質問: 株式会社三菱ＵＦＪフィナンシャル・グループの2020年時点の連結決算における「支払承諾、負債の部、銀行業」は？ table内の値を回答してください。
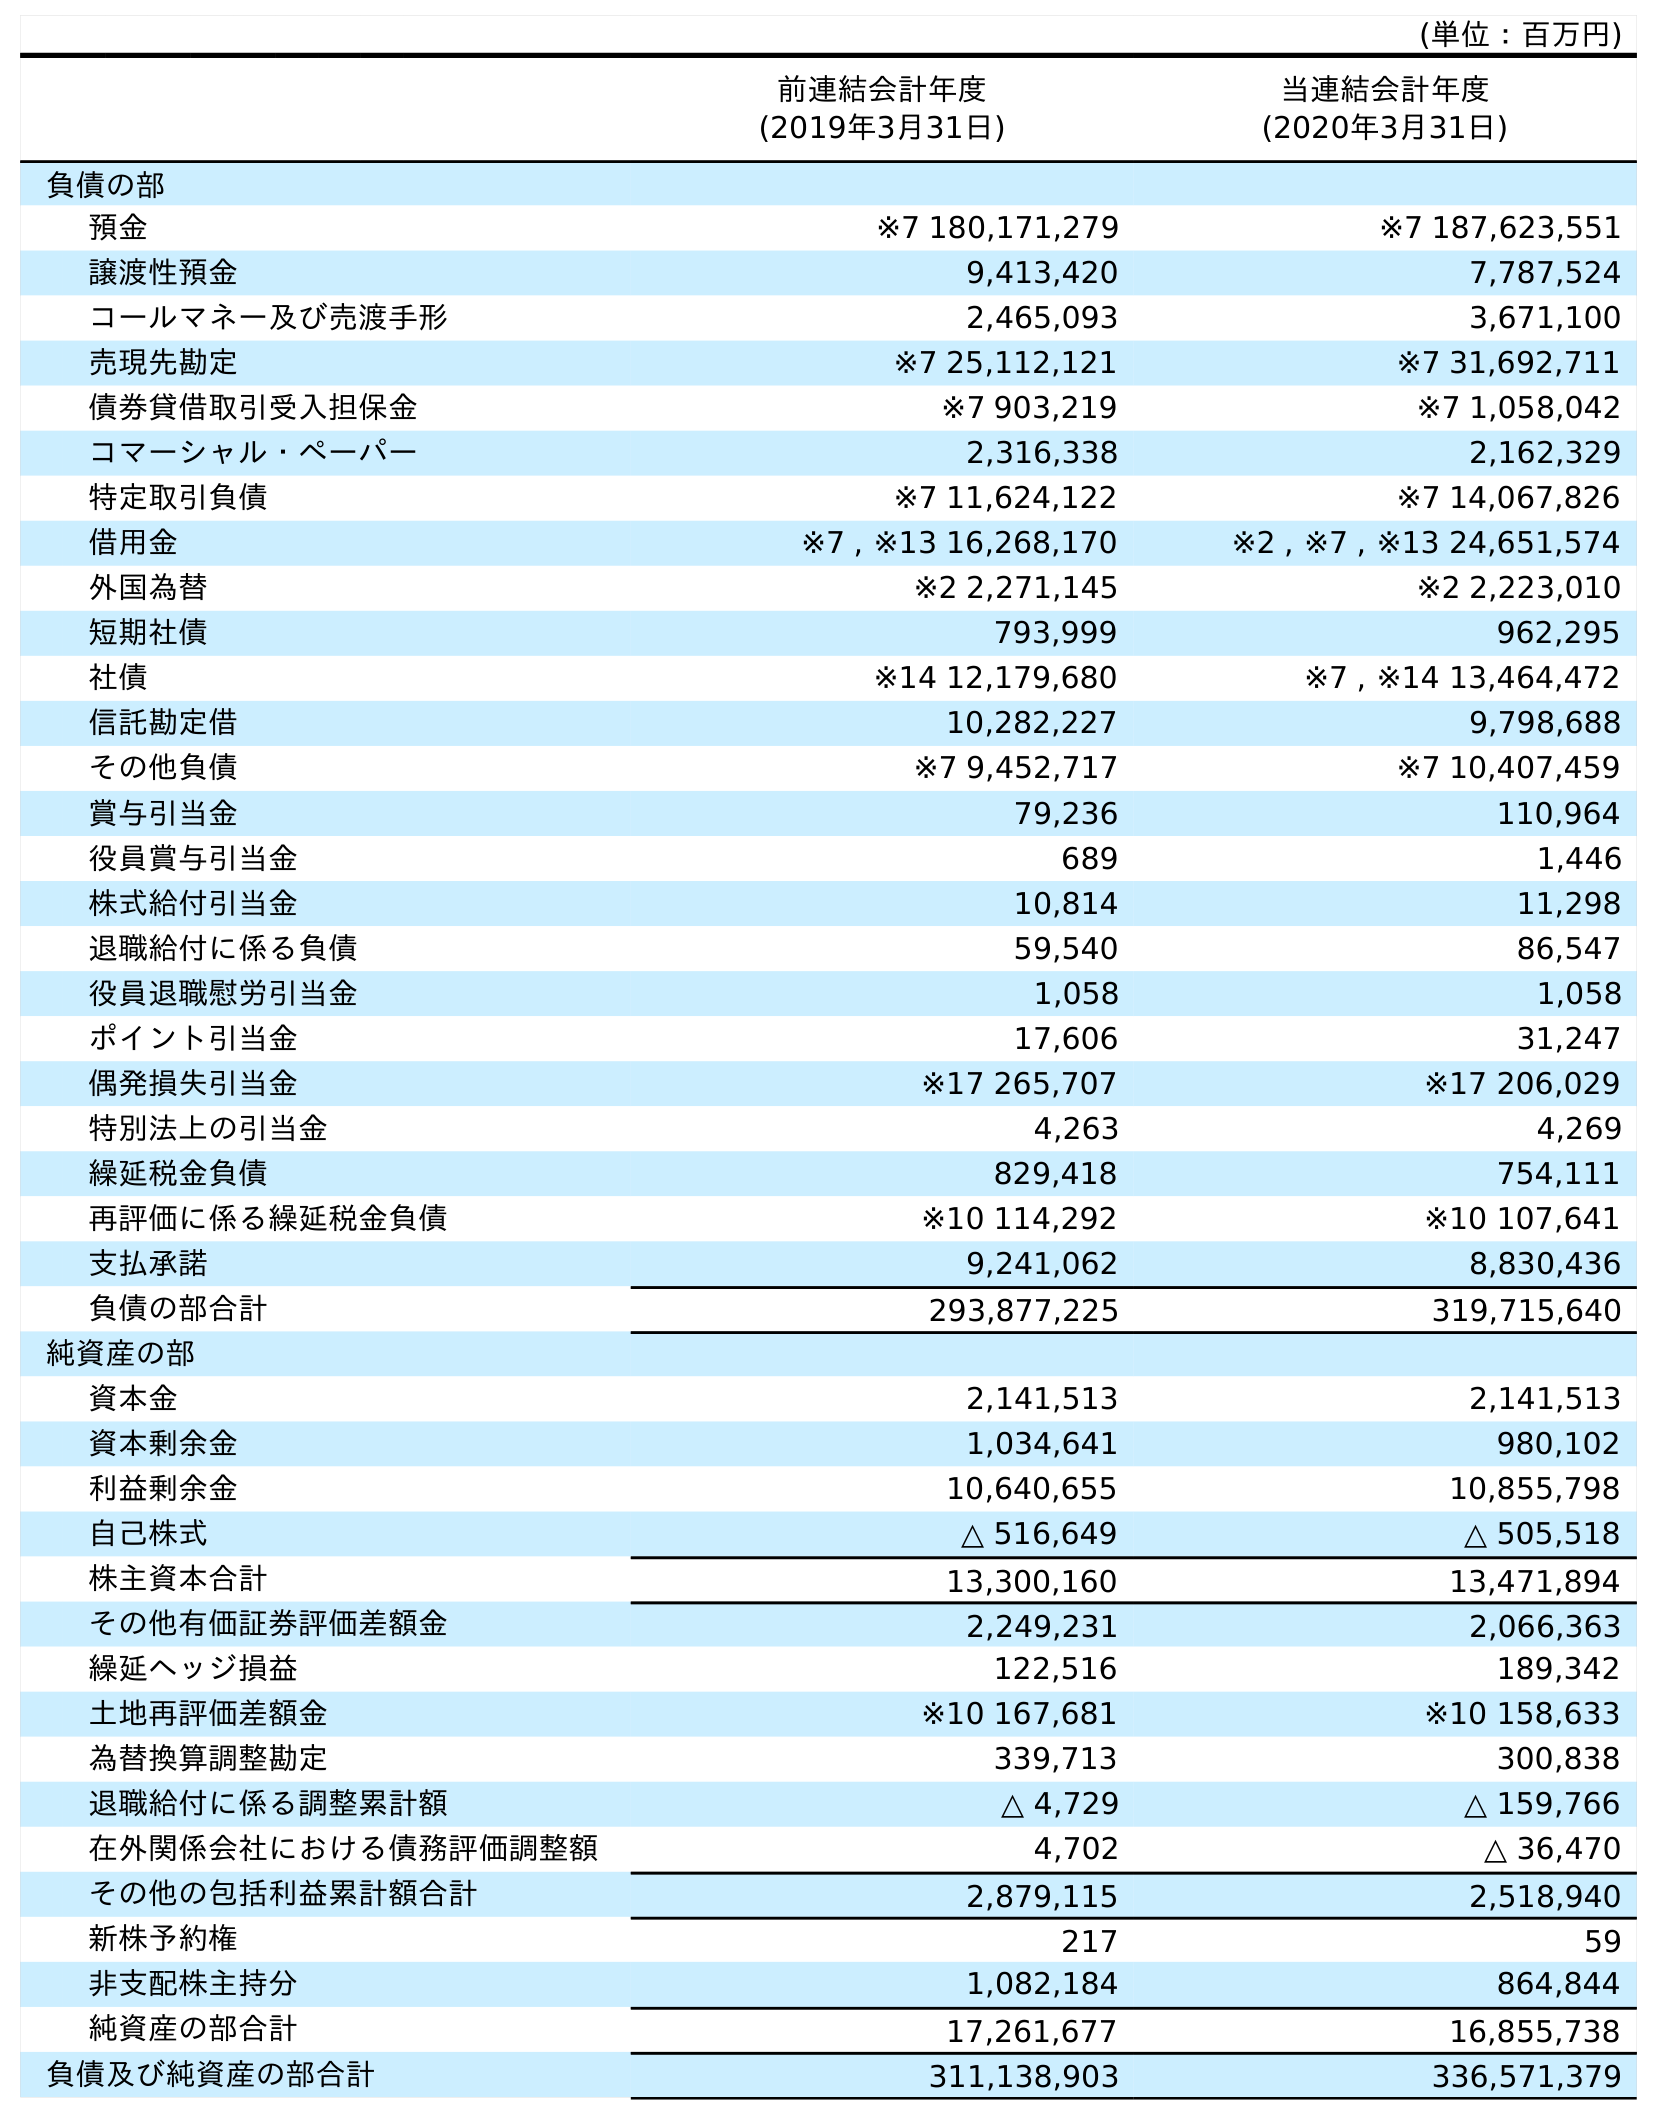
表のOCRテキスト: (単位：百万円) 前連結会計年度 (2019年3月31日) 当連結会計年度 (2020年3月31日) 負債の部 預金 ※7 180,171,279 ※7 187,623,551 譲渡性預金 9,413,420 7,787,524 コールマネー及び売渡手形 2,465,093 3,671,100 売現先勘定 ※7 25,112,121 ※7 31,692,711 債券貸借取引受入担保金 ※7 903,219 ※7 1,058,042 コマーシャル・ペーパー 2,316,338 2,162,329 特定取引負債 ※7 11,624,122 ※7 14,067,826 借用金 ※7 , ※13 16,268,170 ※2 , ※7 , ※13 24,651,574 外国為替 ※2 2,271,145 ※2 2,223,010 短期社債 793,999 962,295 社債 ※14 12,179,680 ※7 , ※14 13,464,472 信託勘定借 10,282,227 9,798,688 その他負債 ※7 9,452,717 ※7 10,407,459 賞与引当金 79,236 110,964 役員賞与引当金 689 1,446 株式給付引当金 10,814 11,298 退職給付に係る負債 59,540 86,547 役員退職慰労引当金 1,058 1,058 ポイント引当金 17,606 31,247 偶発損失引当金 ※17 265,707 ※17 206,029 特別法上の引当金 4,263 4,269 繰延税金負債 829,418 754,111 再評価に係る繰延税金負債 ※10 114,292 ※10 107,641 支払承諾 9,241,062 8,830,436 負債の部合計 293,877,225 319,715,640 純資産の部 資本金 2,141,513 2,141,513 資本剰余金 1,034,641 980,102 利益剰余金 10,640,655 10,855,798 自己株式 △ 516,649 △ 505,518 株主資本合計 13,300,160 13,471,894 その他有価証券評価差額金 2,249,231 2,066,363 繰延ヘッジ損益 122,516 189,342 土地再評価差額金 ※10 167,681 ※10 158,633 為替換算調整勘定 339,713 300,838 退職給付に係る調整累計額 △ 4,729 △ 159,766 在外関係会社における債務評価調整額 4,702 △ 36,470 その他の包括利益累計額合計 2,879,115 2,518,940 新株予約権 217 59 非支配株主持分 1,082,184 864,844 純資産の部合計 17,261,677 16,855,738 負債及び純資産の部合計 311,138,903 336,571,379
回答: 8,830,436